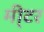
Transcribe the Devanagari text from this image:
मी्टर